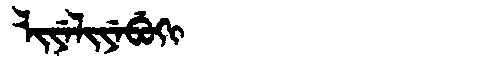
Manchu: ᠯᡳᠶᡝᠯᡳᠶᡝᠪᡠᡴᡳ
Romanization: LIYELIYEBUKI